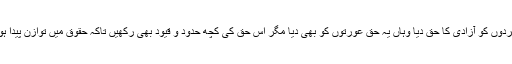
جہاں مردوں کو آزادی کا حق دیا وہاں یہ حق عورتوں کو بھی دیا مگر اس حق کی کچھ حدود و قیود بھی رکھیں تاکہ حقوق میں توازن پیدا ہو سکے۔